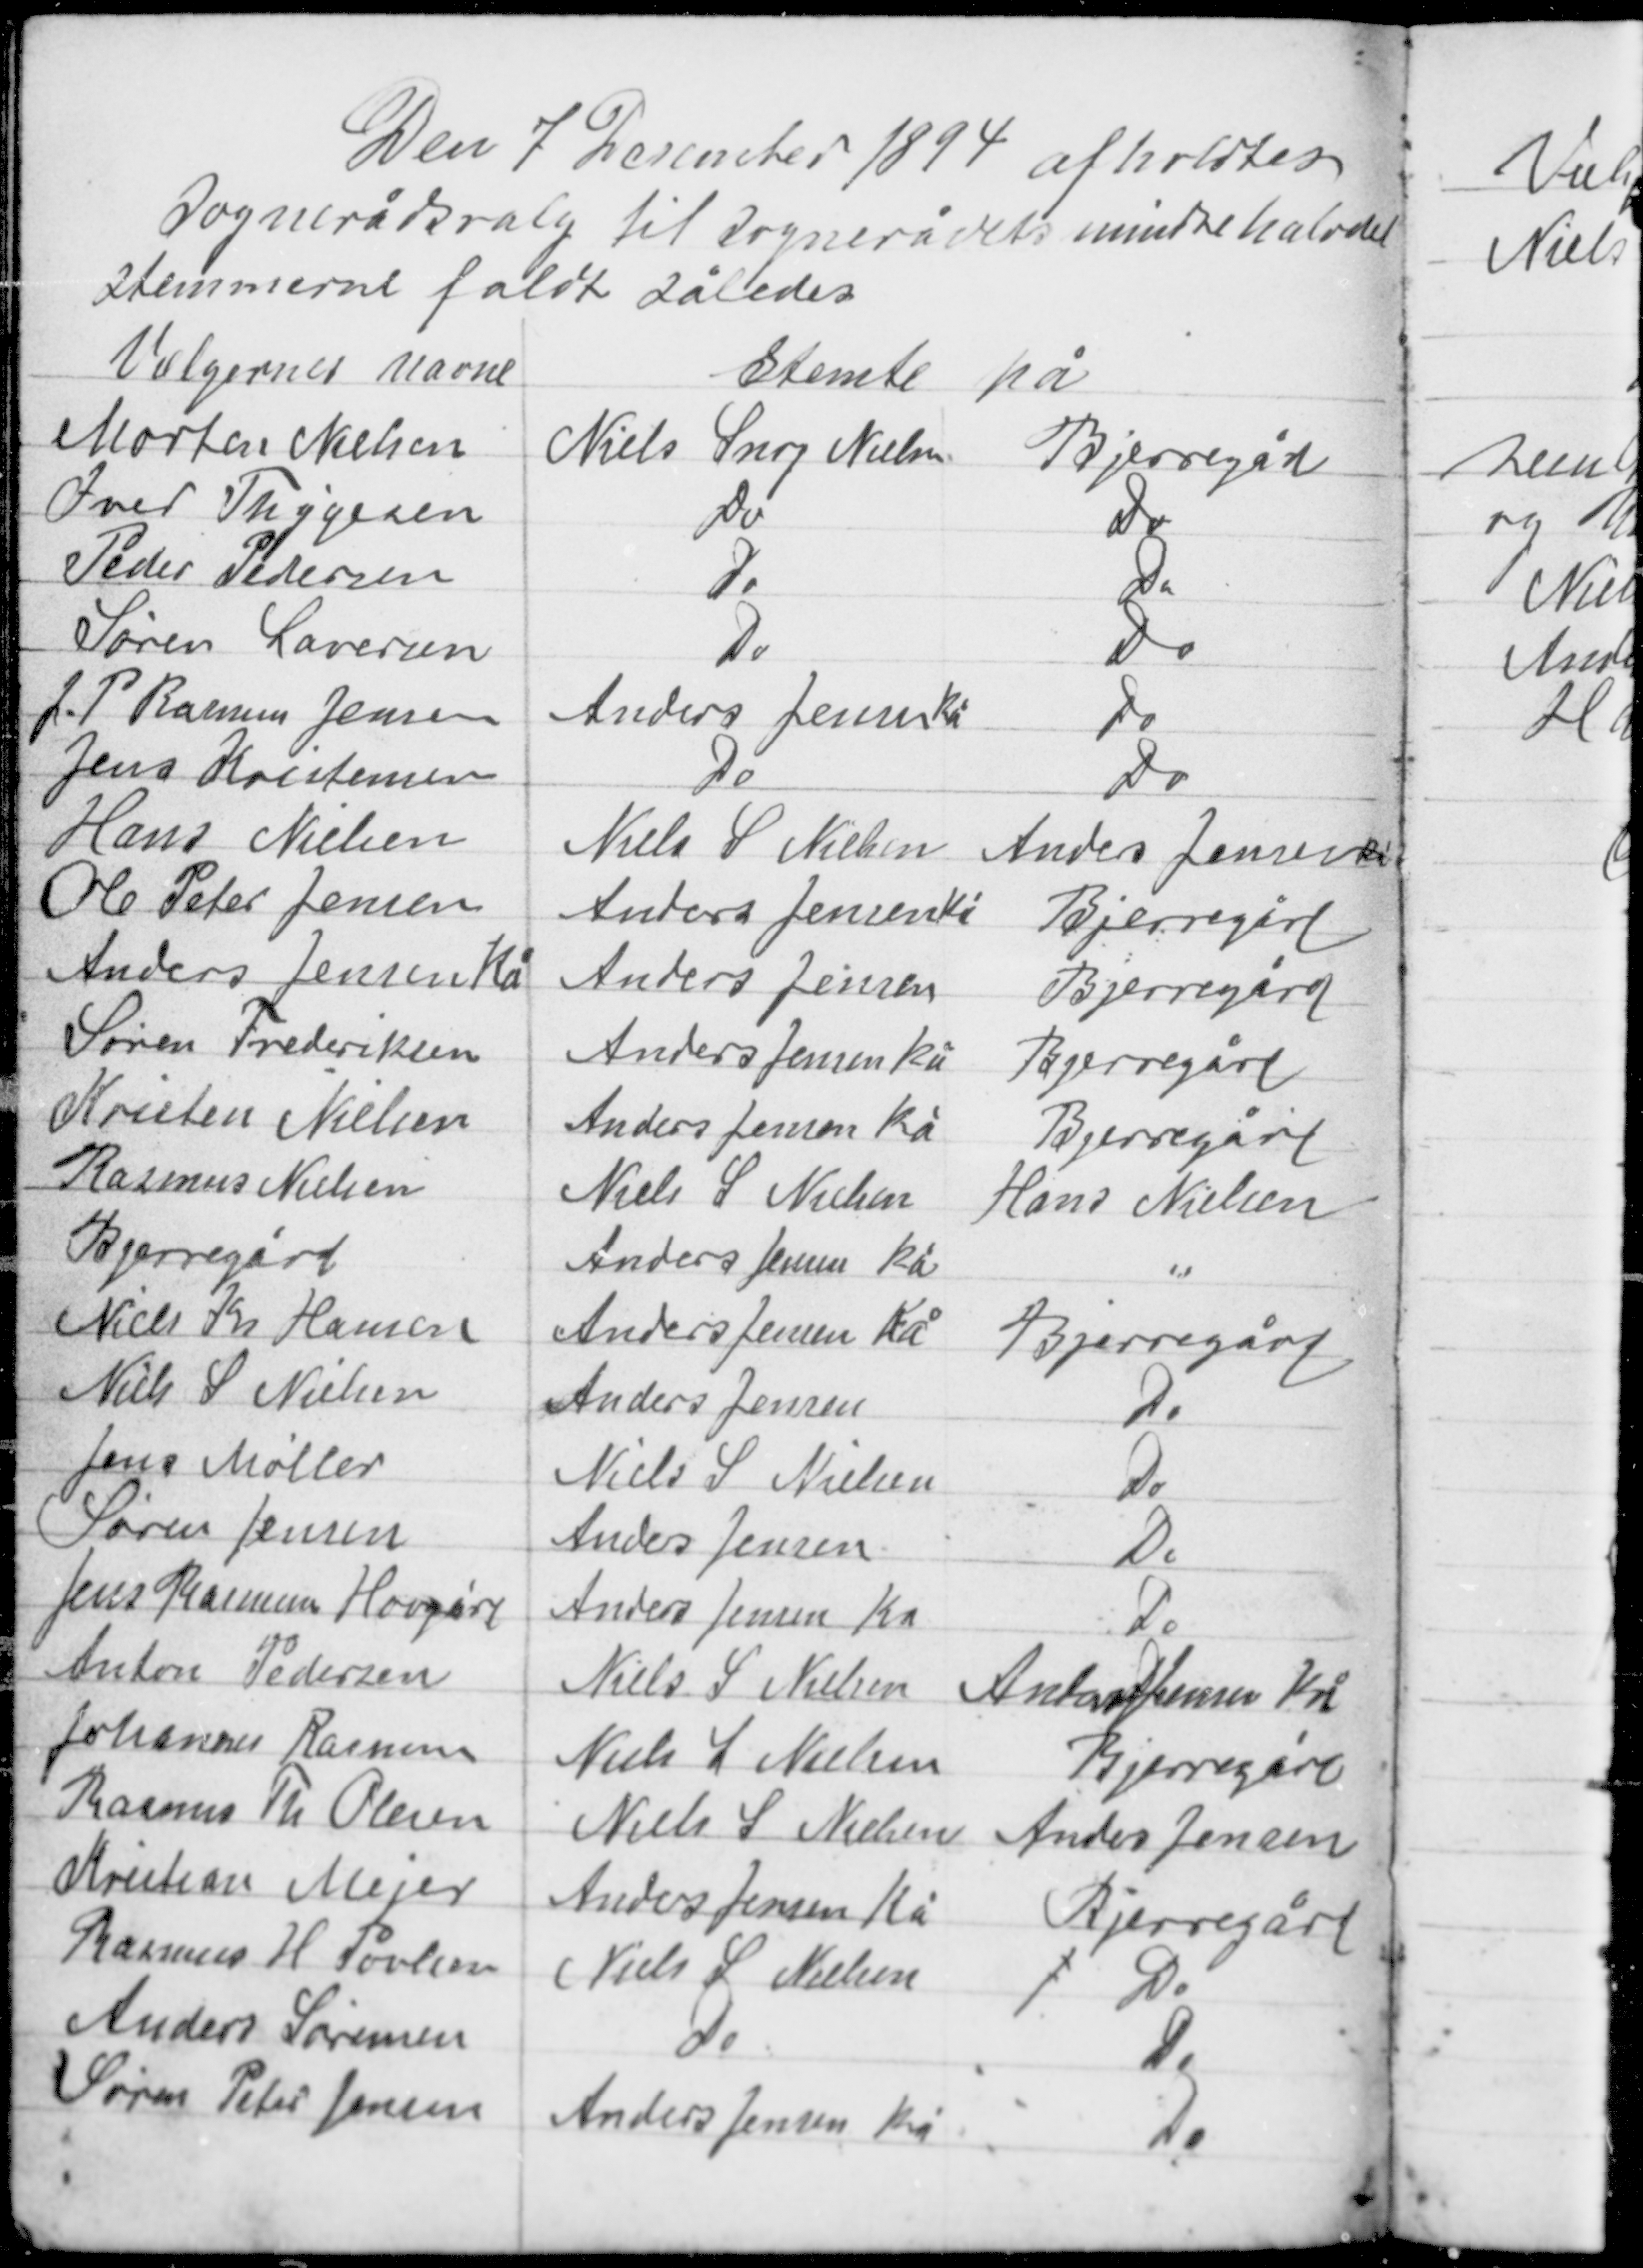
Transskription:
Den 7 December 1894 afholdtes
sognerådsvalg til sognerådets mindre halvdel
stemmerne faldt således